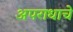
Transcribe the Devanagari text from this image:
अपराधाचे